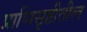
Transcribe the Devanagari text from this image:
प्राणिसृष्टीतील